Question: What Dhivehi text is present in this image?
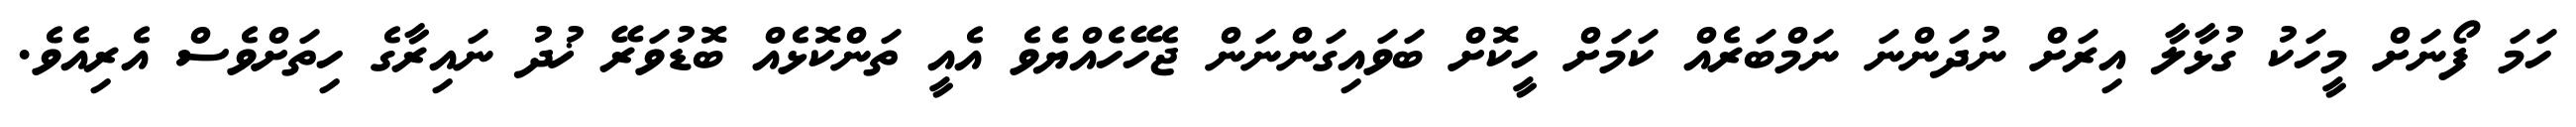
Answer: ހަމަ ފޯނަށް މީހަކު ގުޅާލާ އިރަށް ނުދަންނަ ނަމްބަރެއް ކަމަށް ހީކޮށް ބަވައިގަންނަން ޖެހޭހެއްޔެވެ އެއީ ތަންކޮޅެއް ބޮޑުވަރޭ ޚުދު ނައިރާގެ ހިތަށްވެސް އެރިއެވެ.